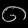
Digit: ၈